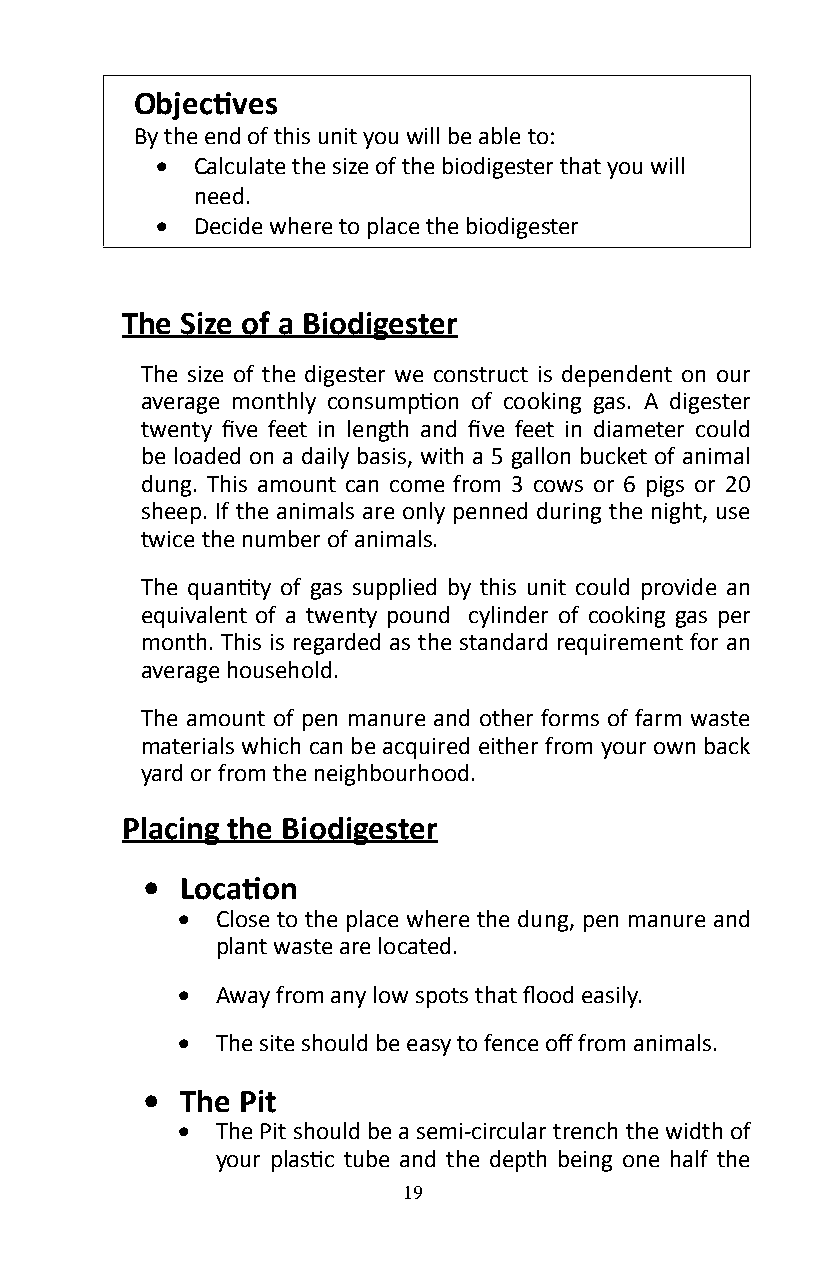
Objectives
 By the end of this unit you will be able to:
 •  Calculate the size of the biodigester that you will
 need�
 •  Decide where to place the biodigester
 The Size of a Biodigester
 The size of the digester we construct is dependent on our
 average monthly consumption of cooking gas. A digester
 twenty five feet in length and five feet in diameter could
 be loaded on a daily basis, with a 5 gallon bucket of animal
 dung� This amount can come from 3 cows or 6 pigs or 20
 sheep� If the animals are only penned during the night, use
 twice the number of animals�
 The quantity of gas supplied by this unit could provide an
 equivalent of a twenty pound cylinder of cooking gas per
 month� This is regarded as the standard requirement for an
 average household�
 The amount of pen manure and other forms of farm waste
 materials which can be acquired either from your own back
 yard or from the neighbourhood�
 Placing the Biodigester
 •  Location
 • Close to the place where the dung, pen manure and
 plant waste are located�
 • Away from any low spots that flood easily.
 • The site should be easy to fence off from animals.
 •  The Pit
 • The Pit should be a semi-circular trench the width of
 your plastic tube and the depth being one half the
 19